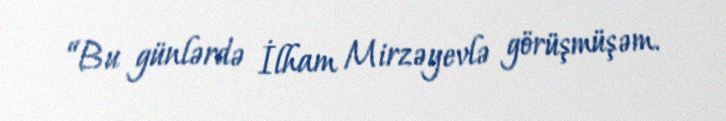
“Bu günlərdə İlham Mirzəyevlə görüşmüşəm.